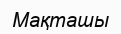
Мақташы